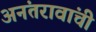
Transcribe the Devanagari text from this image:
अनंतरावांची